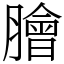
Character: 膾